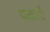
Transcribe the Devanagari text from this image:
पकाएँ